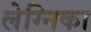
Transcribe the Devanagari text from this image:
लेग्निका